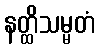
နတ္ထိသမ္မတံ